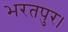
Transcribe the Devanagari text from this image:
भरतपुर।